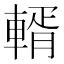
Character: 𨍐